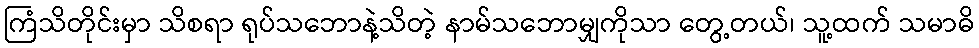
ကြံသိတိုင်းမှာ သိစရာ ရုပ်သဘောနဲ့သိတဲ့ နာမ်သဘောမျှကိုသာ တွေ့တယ်၊ သူ့ထက် သမာဓိ